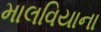
માલવિયાના